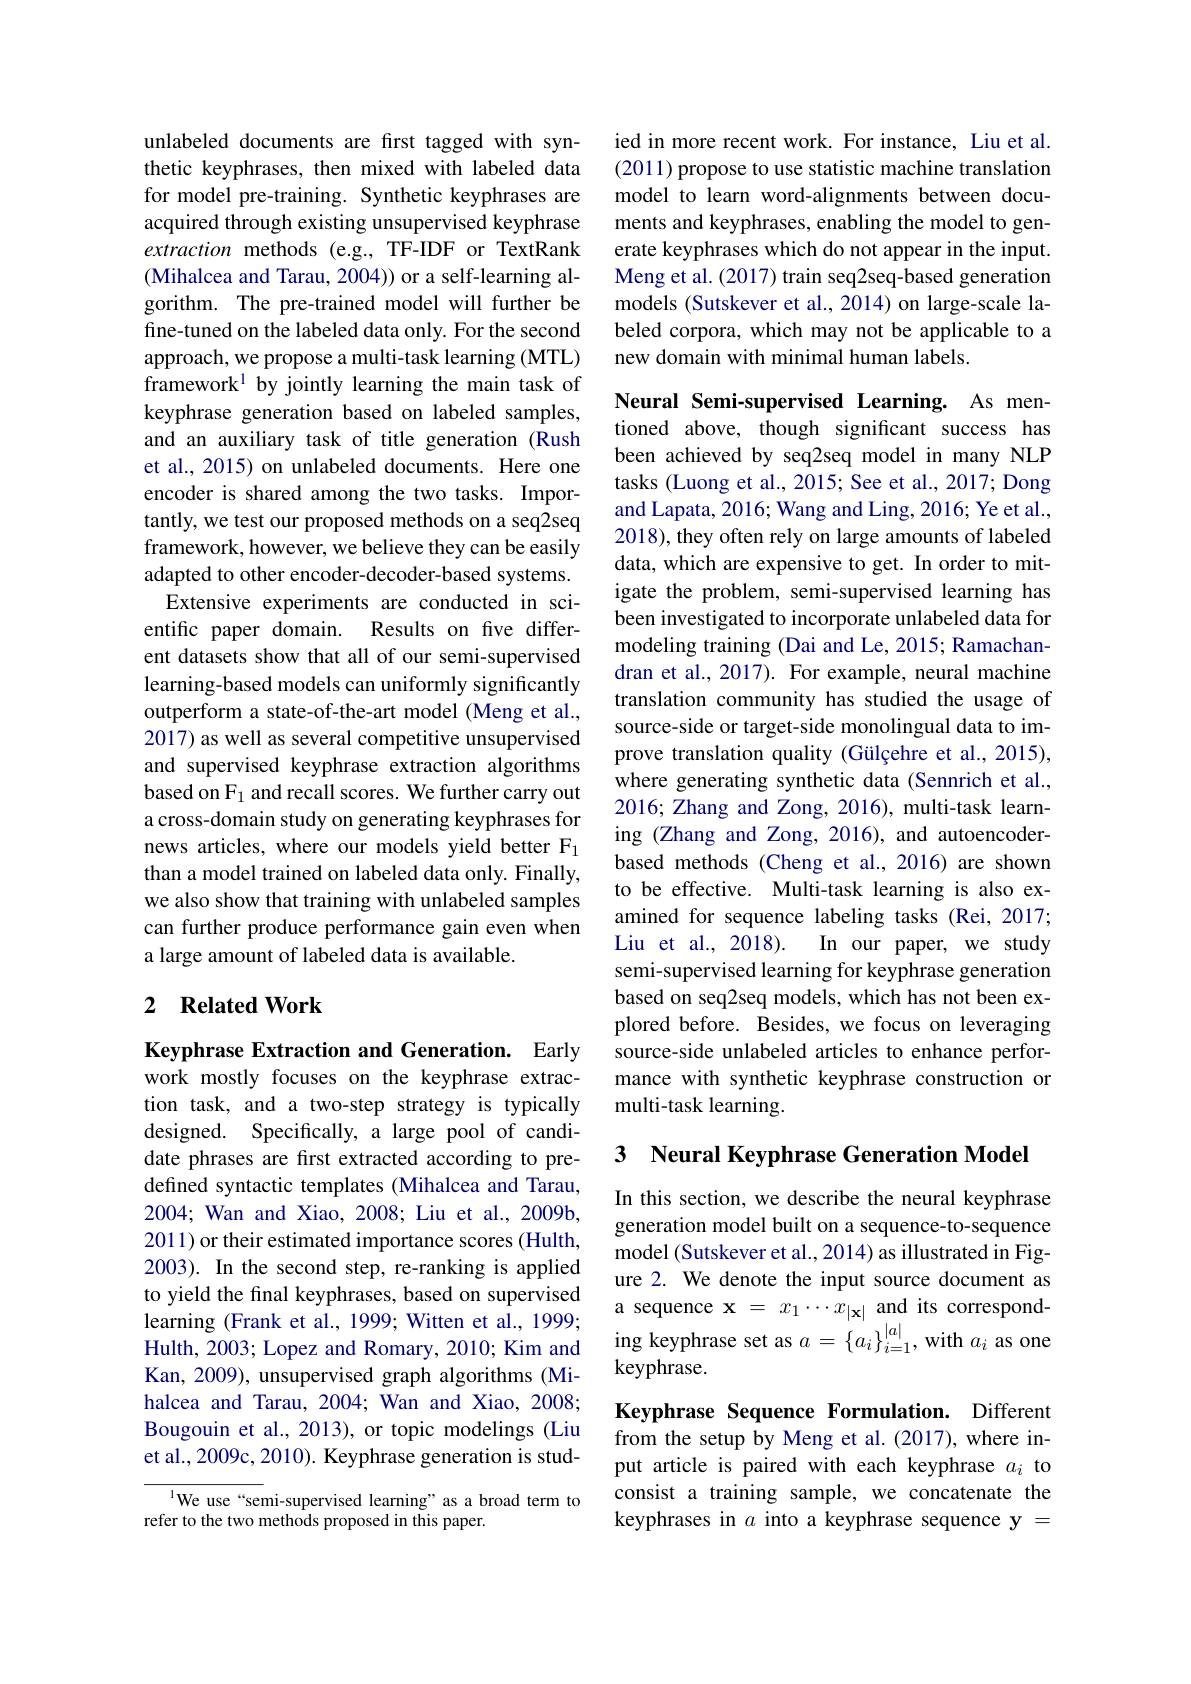
unlabeled documents are first tagged with synthetic keyphrases, then mixed with labeled data for model pre-training. Synthetic keyphrases are acquired through existing unsupervised keyphrase extraction methods (e.g.,TF-IDF or TextRank (Mihalcea and Tarau, 2004)) or a self-learning algorithm. The pre-trained model will further be fine-tuned on the labeled data only. For the second approach, we propose a multi-task learning (MTL) framework$^1$ by jointly learning the main task of keyphrase generation based on labeled samples, and an auxiliary task of title generation (Rush et al., 2015) on unlabeled documents. Here one encoder is shared among the two tasks. Importantly, we test our proposed methods on a seq2seq framework, however, we believe they can be easily adapted to other encoder-decoder-based systems.
Extensive experiments are conducted in scientific paper domain. Results on five different datasets show that all of our semi-supervised learning-based models can uniformly significantly outperform a state-of-the-art model (Meng et al., 2017) as well as several competitive unsupervised and supervised keyphrase extraction algorithms based on F$_1$ and recall scores. We further carry out a cross-domain study on generating keyphrases for news articles, where our models yield better F1 than a model trained on labeled data only. Finally, we also show that training with unlabeled samples can further produce performance gain even when a large amount of labeled data is available.

## 2 Related Work

Keyphrase Extraction and Generation. Early work mostly focuses on the keyphrase extraction task, and a two-step strategy is typically designed. Specifically, a large pool of candidate phrases are first extracted according to predefined syntactic templates (Mihalcea and Tarau, 2004; Wan and Xiao, 2008; Liu et al., 2009b, 2011) or their estimated importance scores (Hulth, 2003). In the second step, re-ranking is applied to yield the final keyphrases, based on supervised to yeu ule inlar keyphiases, oascu on supervseua sequence x $= x_{1}\cdots x_{| \mathbf{x} | }$ and its correspond- learning ( Frank et al, 1999) ; Witten et al. , 1999;a sequence x $= x_{1}\cdots x_{| \mathbf{x} | }$ and its correspond- Hulth, 2003; Lopez and Romary, 2010;
Kan, 2009), unsupervised graph algorithms (Mihalcea and Tarau, 2004; Wan and Xiao, 2008; Bougouin et al., 2013), or topic modelings (Liu et al., 2009c, 2010). Keyphrase generation is stud-

${^{1}\text{We use“semi-supervised learning”as abroad term to}}$
refer to the two methods proposed in this paper.

ied in more recent work. For instance, Liu et al. (2011) propose to use statistic machine translation model to learn word-alignments between documents and keyphrases, enabling the model to generate keyphrases which do not appear in the input. Meng et al. (2017) train seq2seq-based generation models (Sutskever et al., 2014) on large-scale labeled corpora, which may not be applicable to a new domain with minimal human labels.

Neural Semi-supervised Learning. As mentioned above, though significant success has been achieved by seq2seq model in many NLP tasks (Luong et al., 2015; See et al., 2017; Dong and Lapata, 2016; Wang and Ling, 2016; Ye et al., 2018), they often rely on large amounts of labeled data, which are expensive to get. In order to mitigate the problem, semi-supervised learning has been investigated to incorporate unlabeled data for modeling training (Dai and Le, 2015; Ramachandran et al., 2017). For example, neural machine translation community has studied the usage of source-side or target-side monolingual data to improve translation quality (Gülçehre et al., 2015), where generating synthetic data (Sennrich et al., 2016; Zhang and Zong, 2016), multi-task learning (Zhang and Zong, 2016), and autoencoderbased methods (Cheng et al.,2016) are shown to be effective. Multi-task learning is also examined for sequence labeling tasks (Rei, 2017; Liu et al., 2018).
In our paper, we study
semi-supervised learning for keyphrase generation based on seq2seq models, which has not been explored before. Besides, we focus on leveraging source-side unlabeled articles to enhance performance with synthetic keyphrase construction or multi-task learning.

## 3 Neural Keyphrase Generation Model

In this section, we describe the neural keyphrase generation model built on a sequence-to-sequence model (Sutskever et al., 2014) as illustrated in Figure 2. We denote the input source document as keyphrase.

Keyphrase Sequence Formulation. Different from the setup by Meng et al.(2017), where input article is paired with each keyphrase $a_i$ to consist a training sample, we concatenate the keyphrases in $a$ into a keyphrase sequence y =